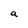
Character: a